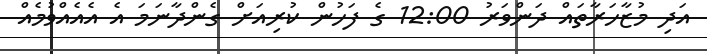
އަދި މުޒާހަރާތައް ދަންވަރު 12:00 ގެ ފަހުން ކުރިއަށް ގެންދާނަމަ އެ އެއެއްވުމެއް